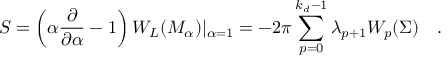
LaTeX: S = \left( \alpha { \frac { \partial } { \partial \alpha } } - 1 \right) W _ { L } ( { \cal M } _ { \alpha } ) | _ { \alpha = 1 } = - 2 \pi \sum _ { p = 0 } ^ { k _ { d } - 1 } \lambda _ { p + 1 } W _ { p } ( \Sigma ) ~ ~ ~ .